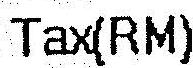
TAX(RM)